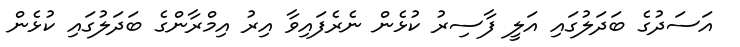
އަސަދުގެ ބަދަލުގައި އަލީ ފާސިރު ކުޅެން ނެރެފައިވާ އިރު އިމްރާންގެ ބަދަލުގައި ކުޅެން